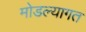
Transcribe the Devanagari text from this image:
मोडल्यागत